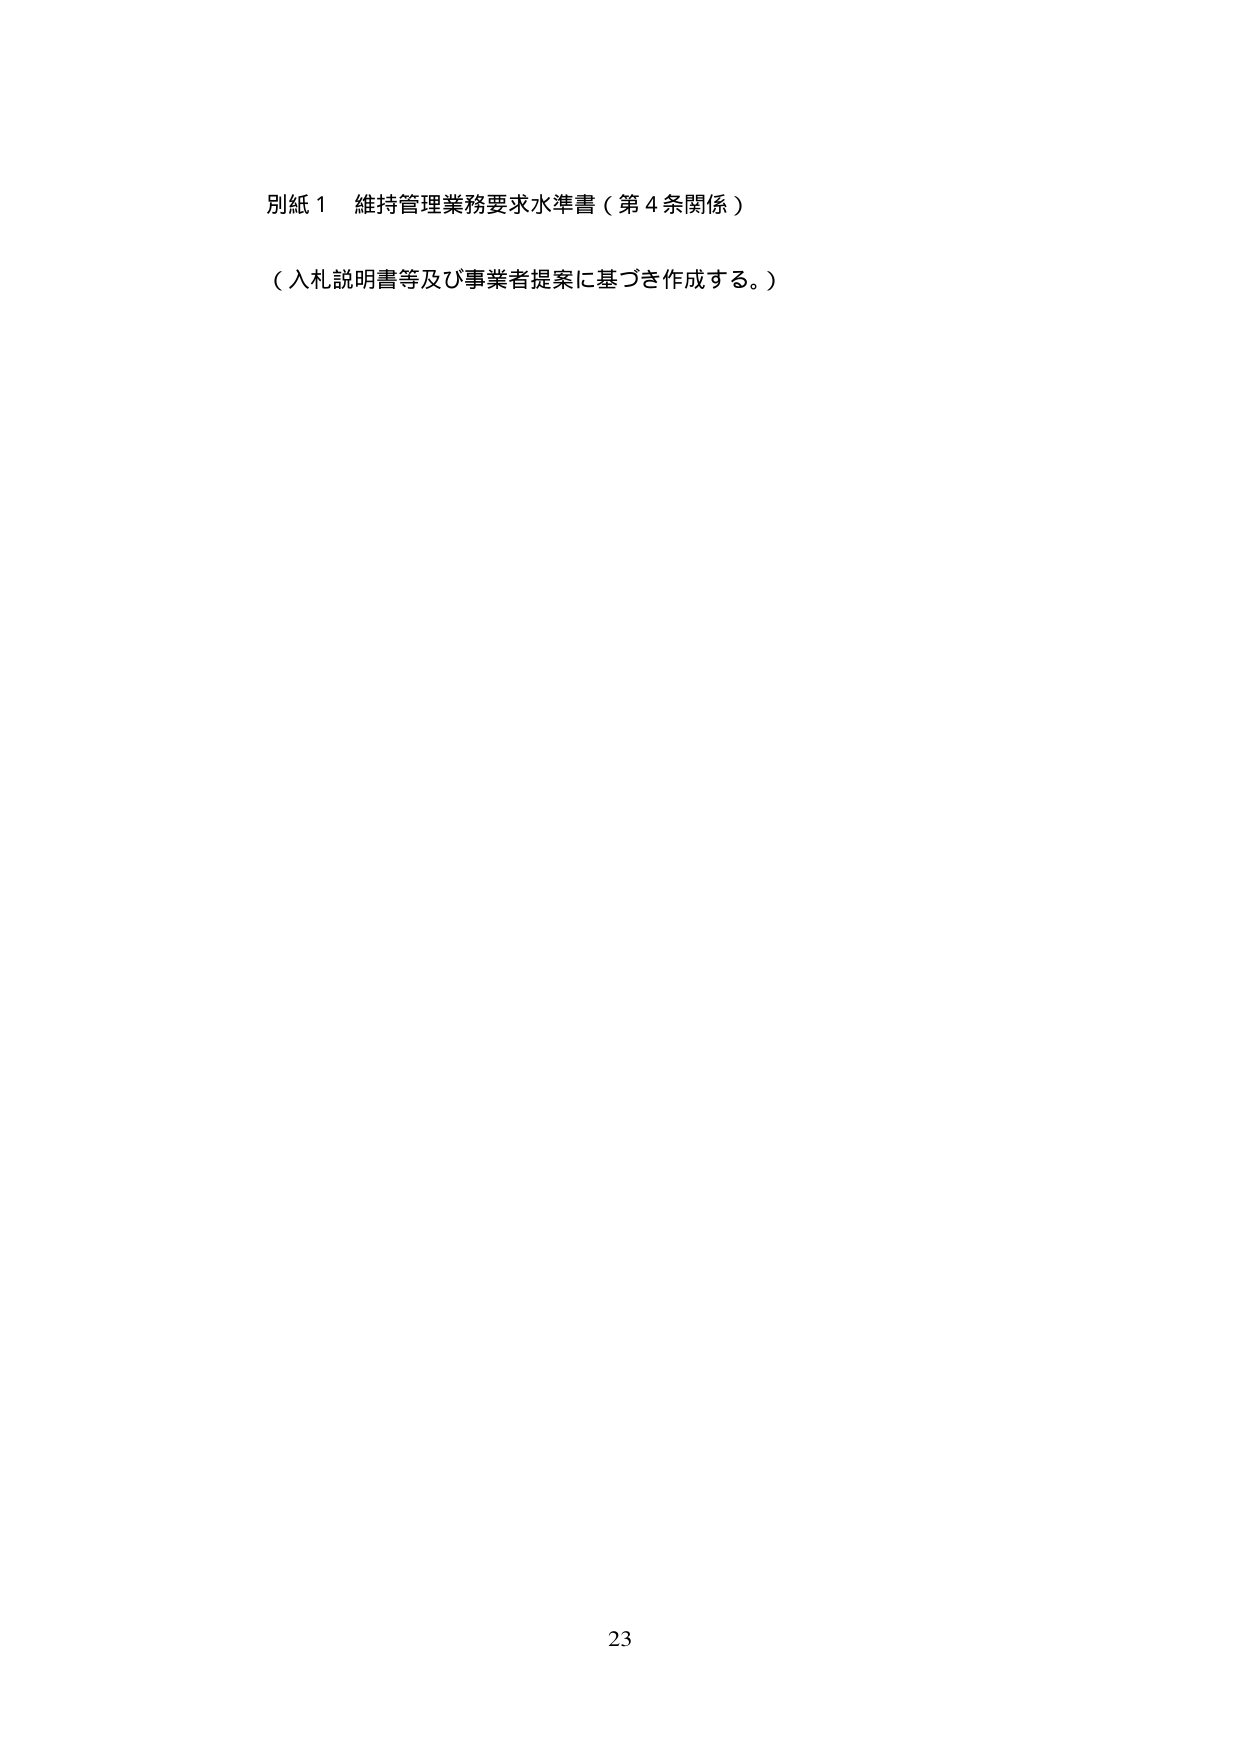
別紙１　維持管理業務要求水準書（第４条関係）

（入札説明書等及び事業者提案に基づき作成する。）

23